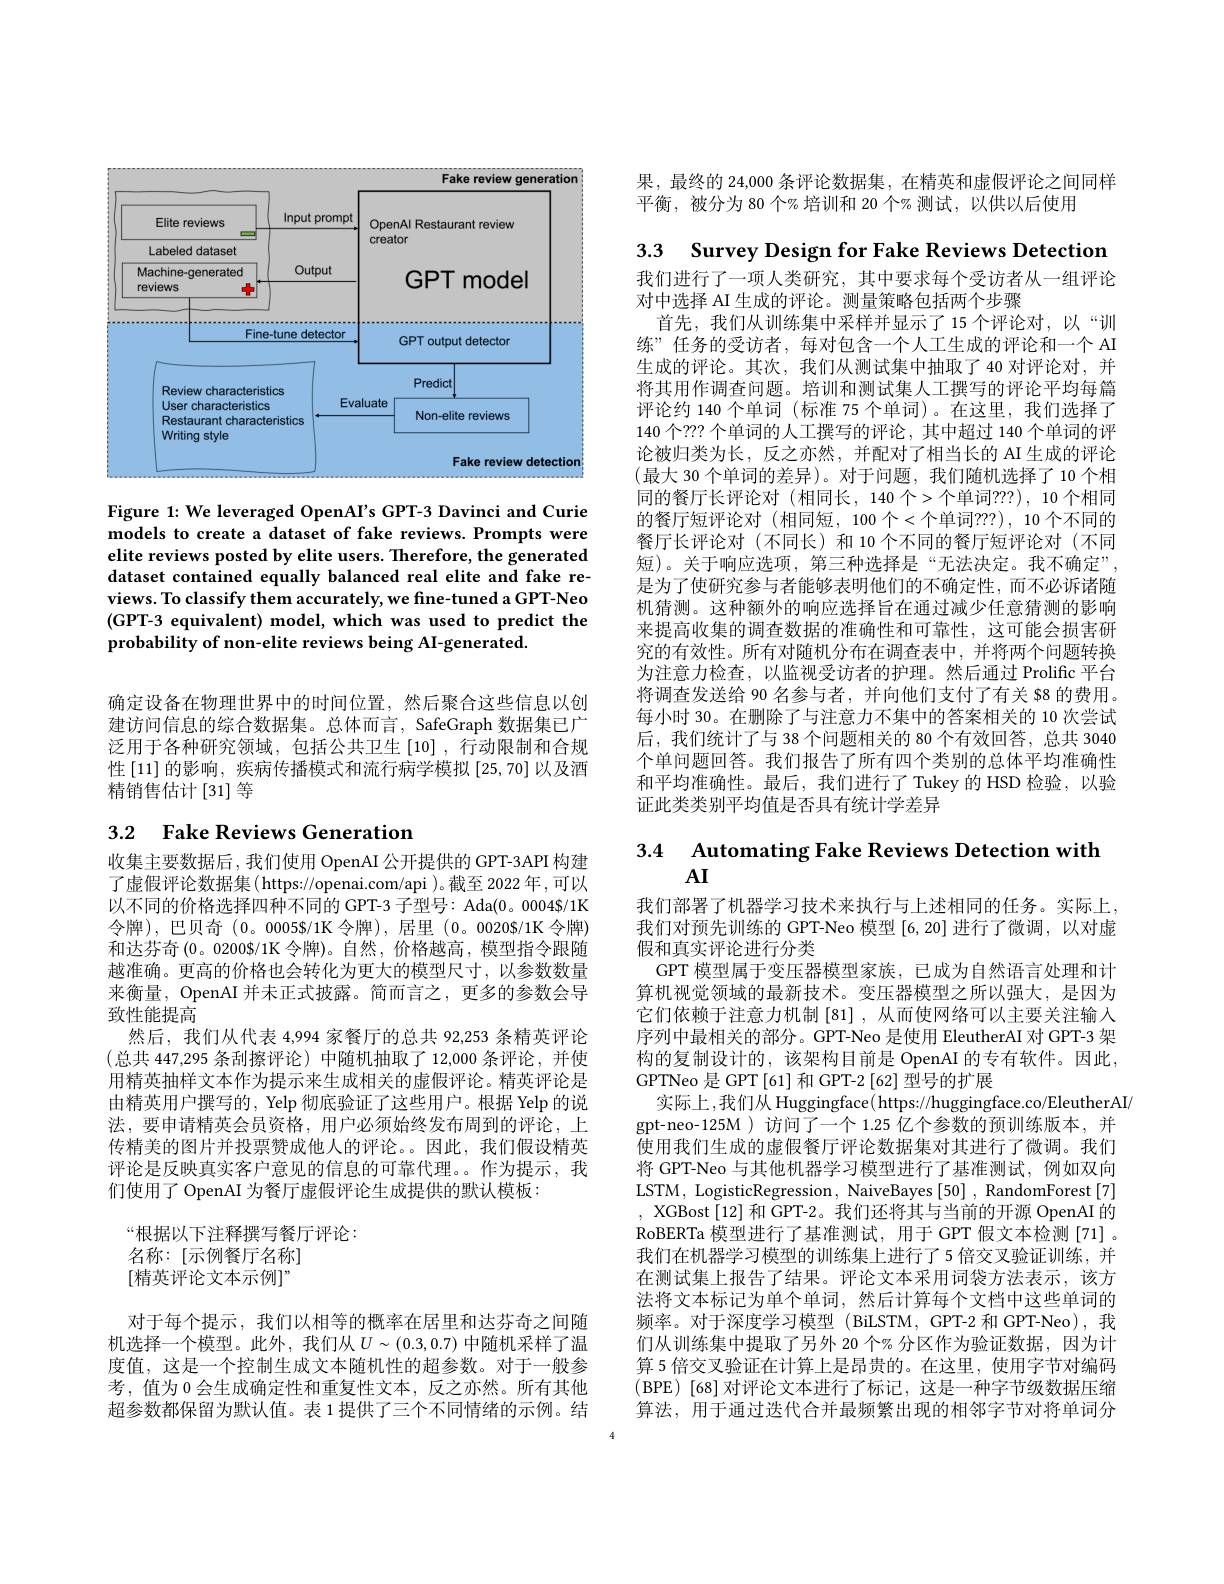
果，最终的 24,000 条评论数据集，在精英和虚假评论之间同样
平衡，被分为 80 个% 培训和 20 个% 测试，以供以后使用

<FigureHere>

Figure 1: We leveraged OpenAI's GPT-3 Davinci and Curie models to create a dataset of fake reviews. Prompts were elite reviews posted by elite users. Therefore, the generated dataset contained equally balanced real elite and fake reviews. To classify them accurately, we fine-tuned a GPT-Neo (GPT-3 equivalent) model, which was used to predict the probability of non-elite reviews being AI-generated.

确定设备在物理世界中的时间位置，然后聚合这些信息以创建访问信息的综合数据集。总体而言，SafeGraph 数据集已广泛用于各种研究领域，包括公共卫生[10],行动限制和合规性[11]的影响，疾病传播模式和流行病学模拟 [25,70] 以及酒精销售估计[31]等

## 3.2 Fake Reviews Generation

收集主要数据后，我们使用 OpenAI 公开提供的 GPT-3API 构建了虚假评论数据集( https://openai.com/api )。截至 2022年，可以以不同的价格选择四种不同的 GPT-3 子型号：Ada(0。0004$/1K 令牌),巴贝奇(0。0005$/1K 令牌),居里 (0。0020$/1K 令牌) 和达芬奇(0。0200$/1K 令牌)。自然，价格越高，模型指令跟随越淮确。更高的价格也会转化为更大的模型尺寸，以参数数量来衡量，OpenAI 并未正式披露。简而言之，更多的参数会导致性能提高
然后，我们从代表 4,994 家餐厅的总共 92,253 条精英评论(总共 447,295 条刮擦评论) 中随机抽取了 12,000 条评论，并使用精英抽样文本作为提示来生成相关的虚假评论。精英评论是由精英用户撰写的，Yelp 彻底验证了这些用户。根据 Yelp 的说法，要申请精英会员资格，用户必须始终发布周到的评论，上传精美的图片并投票赞成他人的评论。。因此，我们假设精英评论是反映真实客户意见的信息的可靠代理。作为提示，我们使用了 OpenAI 为餐厅虚假评论生成提供的默认模板：

“根据以下注释撰写餐厅评论：
名称：[示例餐厅名称] [精英评论文本示例$]^{\mathrm{w}}$

对于每个提示，我们以相等的概率在居里和达芬奇之间随机选择一个模型。此外，我们从$U\sim(0.3,0.7)$ 中随机采样了温度值，这是一个控制生成文本随机性的超参数。对于一般参考，值为 0 会生成确定性和重复性文本，反之亦然。所有其他超参数都保留为默认值。表 1 提供了三个不同情绪的示例。结

3.3 Survey Design for Fake Reviews Detection 我们进行了一项人类研究，其中要求每个受访者从一组评论对中选择 AI 生成的评论。测量策略包括两个步骤
首先，我们从训练集中采样并显示了15个评论对，以“训练” 任务的受访者，每对包含一个人工生成的评论和一个 AI 生成的评论。其次，我们从测试集中抽取了 40 对评论对，并将其用作调查问题。培训和测试集人工撰写的评论平均每篇评论约 140 个单词 (标准 75 个单词)。在这里，我们选择了140 个？?? 个单词的人工撰写的评论，其中超过 140 个单词的评论被归类为长，反之亦然，并配对了相当长的 AI 生成的评论(最大 30 个单词的差异)。对于问题，我们随机选择了10 个相同的餐厅长评论对(相同长，140 个>个单词？?), 10 个相同的餐厅短评论对(相同短，100个<个单词？?),10个不同的餐厅长评论对(不同长)和 10 个不同的餐厅短评论对(不同短)。关于响应选项，第三种选择是“无法决定。我不确定”, 是为了使研究参与者能够表明他们的不确定性，而不必诉诸随机猜测。这种额外的响应选择旨在通过减少任意猜测的影响来提高收集的调查数据的准确性和可靠性，这可能会损害研究的有效性。所有对随机分布在调查表中，并将两个问题转换为注意力检查，以监视受访者的护理。然后通过 Prolific 平台将调查发送给 90 名参与者，并向他们支付了有关 $8 的费用。每小时 30。在删除了与注意力不集中的答案相关的 10 次尝试后，我们统计了与 38 个问题相关的 80 个有效回答，总共 3040个单问题回答。我们报告了所有四个类别的总体平均准确性和平均准确性。最后，我们进行了Tukey 的 HSD 检验，以验证此类类别平均值是否具有统计学差异

$\begin{array}{cc}3.4&\text{Automating Fake Reviews Detection with}\\&\mathrm{AI}\end{array}$

我们部署了机器学习技术来执行与上述相同的任务。实际上， 我们对预先训练的 GPT-Neo 模型 [6,20] 进行了微调，以对虚假和真实评论进行分类
GPT 模型属于变压器模型家族，已成为自然语言处理和计算机视觉领域的最新技术。变压器模型之所以强大，是因为它们依赖于注意力机制[81],从而使网络可以主要关注输入序列中最相关的部分。GPT-Neo 是使用 EleutherAI 对 GPT-3 架构的复制设计的，该架构目前是 OpenAI 的专有软件。因此， GPTNeo 是 GPT [61] 和 GPT-2 [62] 型号的扩展
实际上，我们从 Huggingface(https://huggingface.co/EleutherAI/
gpt-neo-125M )访问了一个 1.25 亿个参数的预训练版本，并使用我们生成的虚假餐厅评论数据集对其进行了微调。我们将 GPT-Neo 与其他机器学习模型进行了基准测试，例如双向LSTM, LogisticRegression, NaiveBayes [50] , RandomForest [7] , XGBost [12] 和 GPT-2。我们还将其与当前的开源 OpenAI 的RoBERTa 模型进行了基准测试，用于 GPT 假文本检测[71] 。我们在机器学习模型的训练集上进行了5 倍交叉验证训练，并在测试集上报告了结果。评论文本采用词袋方法表示，该方法将文本标记为单个单词，然后计算每个文档中这些单词的频率。对于深度学习模型 (BiLSTM,GPT-2 和 GPT-Neo),我们从训练集中提取了另外 20 个% 分区作为验证数据，因为计算 5 倍交叉验证在计算上是昂贵的。在这里，使用字节对编码(BPE)[68]对评论文本进行了标记，这是一种字节级数据压缩算法，用于通过迭代合并最频繁出现的相邻字节对将单词分